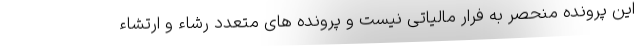
این پرونده منحصر به فرار مالیاتی نیست و پرونده های متعدد رشاء و ارتشاء